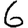
Digit: 6